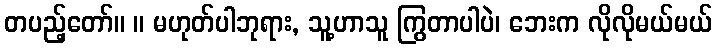
တပည့်တော်။ ။ မဟုတ်ပါဘုရား, သူ့ဟာသူ ကြွတာပါပဲ၊ ဘေးက လိုလိုမယ်မယ်